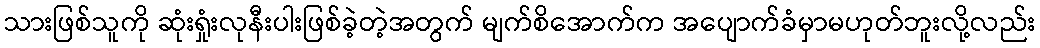
သားဖြစ်သူကို ဆုံးရှုံးလုနီးပါးဖြစ်ခဲ့တဲ့အတွက် မျက်စိအောက်က အပျောက်ခံမှာမဟုတ်ဘူးလို့လည်း